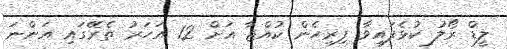
ލީޑް ރޯލު ކުޅެފައިވާ ފިރިހެން ކުއްޖާ އަށް 12 އަހަރު ތެރޭގައި އަންނަ